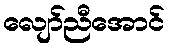
လျော်ညီအောင်